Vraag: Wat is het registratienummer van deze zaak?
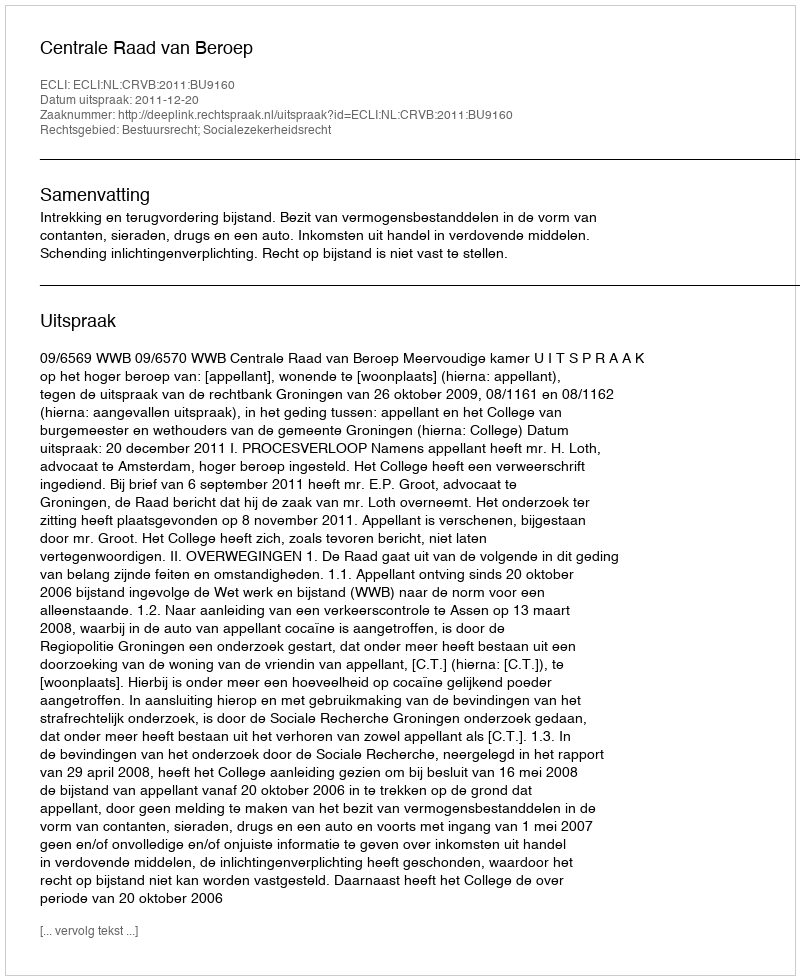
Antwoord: http://deeplink.rechtspraak.nl/uitspraak?id=ECLI:NL:CRVB:2011:BU9160